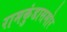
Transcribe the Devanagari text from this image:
रामकुंडासमोर